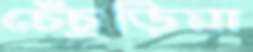
চেঁচুড়িয়া